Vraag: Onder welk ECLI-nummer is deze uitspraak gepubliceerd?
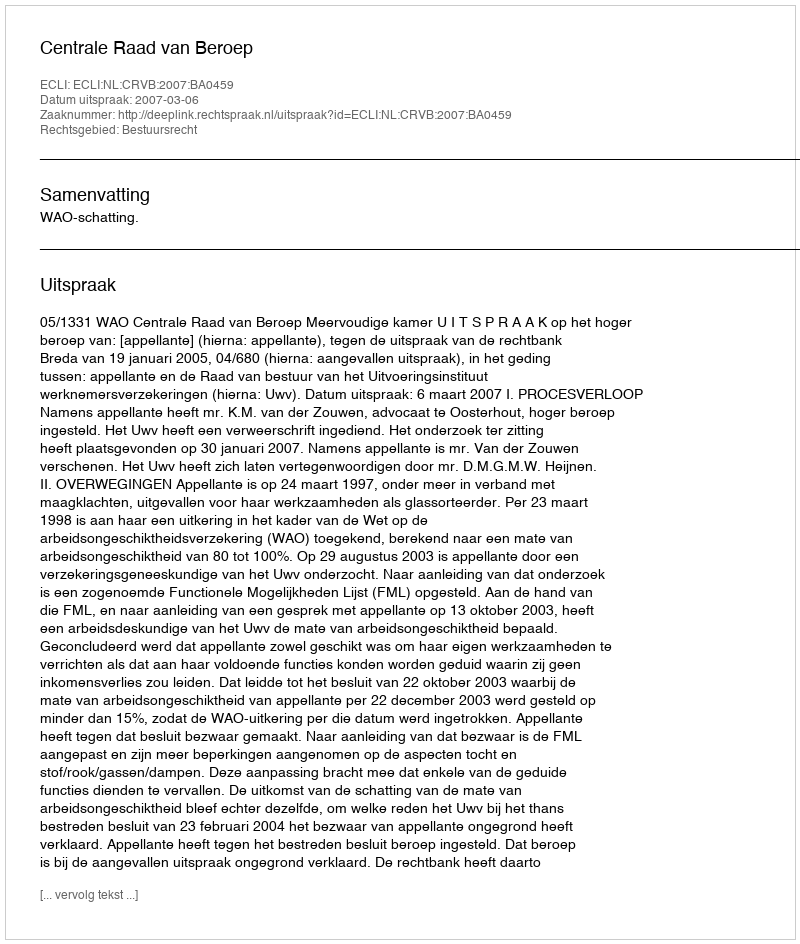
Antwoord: ECLI:NL:CRVB:2007:BA0459